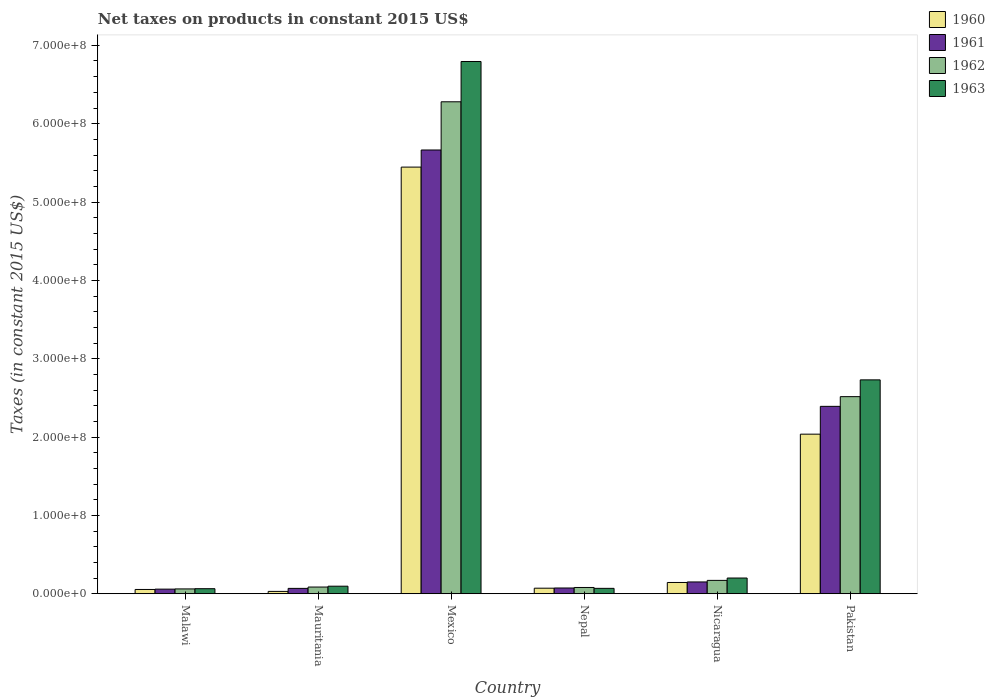
| Country | 1960 | 1961 | 1962 | 1963 |
 | --- | --- | --- | --- | --- |
 | Malawi | 5.46e+06 | 5.88e+06 | 6.16e+06 | 6.44e+06 |
 | Mauritania | 3e+06 | 6.85e+06 | 8.56e+06 | 9.63e+06 |
 | Mexico | 5.45e+08 | 5.66e+08 | 6.28e+08 | 6.79e+08 |
 | Nepal | 7.09e+06 | 7.35e+06 | 8.01e+06 | 6.89e+06 |
 | Nicaragua | 1.44e+07 | 1.51e+07 | 1.71e+07 | 2.01e+07 |
 | Pakistan | 2.04e+08 | 2.39e+08 | 2.52e+08 | 2.73e+08 |